Report of the Hyderabad Chloroform Commission
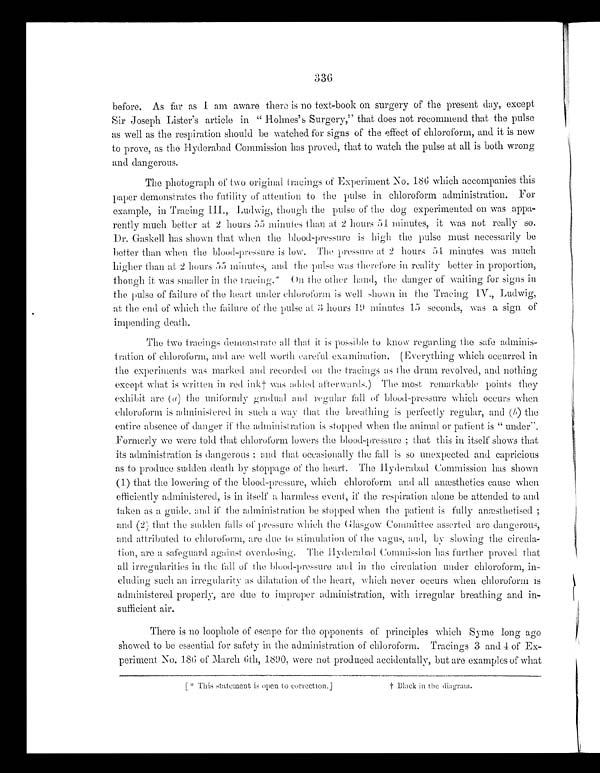
336
before. As far as I am aware there is no text-book on surgery of the present day, except
Sir Joseph Lister's article in "Holmes's Surgery," that does not recommend that the pulse
as well as the respiration should be watched for signs of the effect of chloroform, and it is new
to prove, as the Hyderabad Commission has proved, that to watch the pulse at all is both wrong
and dangerous.
The photograph of two original tracings of Experiment No.186 which accompanies this
paper demonstrates the futility of attention to the pulse in chloroform administration. For
example, in Tracing III., Ludwig, though the pulse of the dog experimented on was appa
- r e n t l y m u c h b e t t e r a t 2 h o u r s 5 5 m i n u t e s t h a n a t 2 h o u r s 5 4 m i n u t e s , i t w a s n o t r e a l l y s o .
Dr. Gaskell has shown that when the blood-pressure is high the pulse must necessarily be
better than when the blood-pressure is low. The pressure at 2 hours 54 minutes was much
higher than at 2 hours 55 minutes, and the pulse was therefore in reality better in proportion,
though it was smaller in the tracing.* On the other hand, the danger of waiting for signs in
the pulse of failure of the heart under chloroform is well shown in the Tracing IV., Ludwig,
at the end of which the failure of the pulse at 3 hours 19 minutes 15 seconds, was a sign of
impending death.
The two tracings demonstrate all that it is possible to know regarding the safe adminis-
- t r a t i o n o f c h l o r o f o r m , a n d a r e w e l l w o r t h c a r e f u l e x a m i n a t i o n . ( E v e r y t h i n g w h i c h o c c u r r e d i n
the experiments was marked and recorded on the tracings as the drum revolved, and nothing
except what is written in red ink† Was added afterwards.) The most remarkable points they
exhibit are ( a) the uniformly gradual and regular fall of blood-pressure which occurs when
chloroform is administered in such a way that the breathing is perfectly regular, and (b) the
entire absence of danger if the administration is stopped when the animal or patient is "under".
Formerly we were told that chloroform lowers the blood-pressure; that this in itself shows that
its administration is dangerous; and that occasionally the fall is so unexpected and capricious
as to produce sudden death by stoppage of the heart. The Hyderabad Commission has shown
(1) that the lowering of the blood-pressure, which chloroform and all anæsthetics cause when
efficiently administered, is in itself a harmless event, if the respiration alone be attended to and
taken as a guide, and if the administration be stopped when the patient is fully anæsthetised;
and (2) that the sudden falls of pressure which the Glasgow Committee asserted are dangerous,
and attributed to chloroform, are due to stimulation of the vagus, and, by slowing the circula
-tion, are a safeguard against overdosing. The Hyderabad Commission has further proved that
all irregularities in the fall of the blood-pressure and in the circulation under chloroform, in-
-cluding such an irregularity as dilatation of the heart, which never occurs when chloroform is
administered properly, are due to improper administration, with irregular breathing and in-
-sufficient air.
There is no loophole of escape for the opponents of principles which Syme long ago
showed to be essential for safety in the administration of chloroform. Tracings 3 and 4 of Ex--
periment No. 186 of March 6th, 1890, were not produced accidentally, but are examples of what
[* This statement is open to correction.] † Black in the diagram.